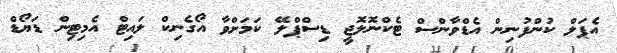
އެޕަލް ކުންފުނިން އެޑްވާންސް ޓެކްނޮލޮޖީ ޑިސްޕްލޭ ކަމަށްވާ އޯގެނިކް ލައިޓް އެމިޓިން ޑަޔޯޑް